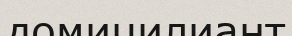
домицилиант